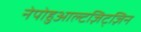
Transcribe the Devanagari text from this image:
नेपोहुआल्टज़िट्ज़िन